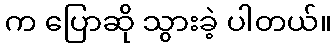
က ပြောဆို သွားခဲ့ ပါတယ်။